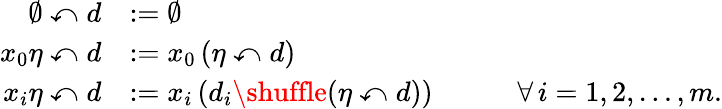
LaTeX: \begin{array}{rl}{\emptyset\curvearrowleft d}&{:=\emptyset}\\ {x_{0}\eta\curvearrowleft d}&{:=x_{0}\left(\eta\curvearrowleft d\right)}\\ {x_{i}\eta\curvearrowleft d}&{:=x_{i}\left(d_{i}\shuffle(\eta\curvearrowleft d)\right)\quad\qquad\forall\, i=1,2,\ldots,m.}\end{array}